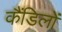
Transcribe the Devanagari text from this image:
कैंडिलों